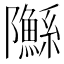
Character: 䧰